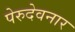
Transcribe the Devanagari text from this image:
पेरुदेवनार